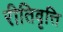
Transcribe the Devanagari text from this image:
रीतिवृत्ति